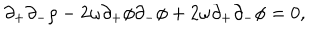
LaTeX: \partial _ { + } \partial _ { - } \rho - 2 \omega \partial _ { + } \phi \partial _ { - } \phi + 2 \omega \partial _ { + } \partial _ { - } \phi = 0 ,